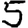
Digit: 5